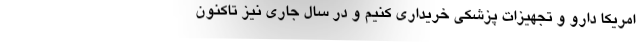
امریکا دارو و تجهیزات پزشکی خریداری کنیم و در سال جاری نیز تاکنون